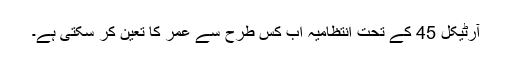
آرٹیکل 45 کے تحت انتظامیہ اب کس طرح سے عمر کا تعین کر سکتی ہے۔